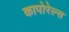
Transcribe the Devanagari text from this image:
कापोरेल्स